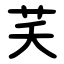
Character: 芺